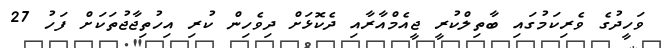
ވަހީދުގެ ވެރިކަމުގައި ބާތިލްކުރީ ޖީއެމްއާރާއި ދެކޮޅަށް ދިވެހިން ކުރި އިހުތިޖާޖުތަކަށް ފަހު 27